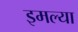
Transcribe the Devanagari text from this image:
इमल्या